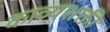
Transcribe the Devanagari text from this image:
काव्यशक्ती